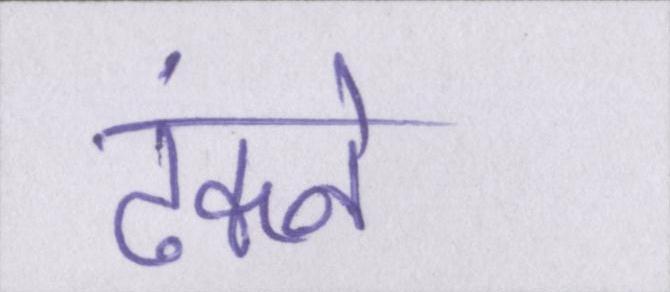
ढंकने